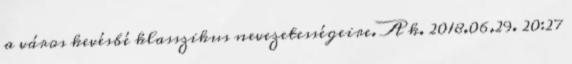
a város kevésbé klasszikus nevezetességeire. A k. 2018.06.29. 20:27